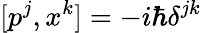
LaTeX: [p^{j},x^{k}]=-i\hbar\delta^{jk}